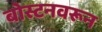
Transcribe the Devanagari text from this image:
बोस्टनवरून